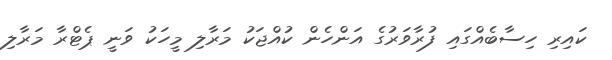
ކައިރި ހިސާބެއްގައި ފުރާވަރުގެ އަންހެން ކުއްޖަކު މަރާލި މީހަކު ވަނީ ޕެޓްރާ މަރާލި